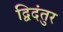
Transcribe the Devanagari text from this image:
द्विदंतुर